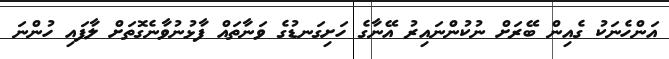
އަންހެނަކު ގެއިން ބޭރަށް ނުކުންނައިރު އޭނާގެ ހަށިގަނޑުގެ ވަނާތައް ފާޅުނުވާނެގޮތަށް ލާފައި ހުންނަ